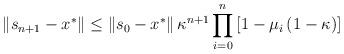
LaTeX: \begin{align*}\left\Vert s_{n+1}-x^{\ast }\right\Vert \leq \left\Vert s_{0}-x^{\ast}\right\Vert \kappa^{n+1}\prod_{i=0}^{n}\left[ 1-\mu_{i}\left(1-\kappa\right) \right] \end{align*}